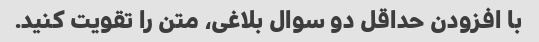
با افزودن حداقل دو سوال بلاغی، متن را تقویت کنید.